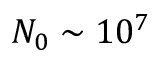
N _ { 0 } \sim 1 0 ^ { 7 }